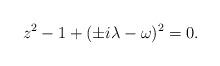
LaTeX: \begin{align*}z^2-1+(\pm i\lambda-\omega)^2=0.\end{align*}